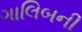
ગાલિબની